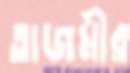
তাজমীর